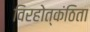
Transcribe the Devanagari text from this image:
विरहोत्कंठिता